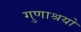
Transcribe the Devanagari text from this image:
गुणाश्रयो